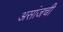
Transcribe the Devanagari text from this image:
असांजची